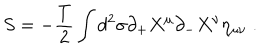
S = - \frac { T } { 2 } \int d ^ { 2 } \sigma \partial _ { + } X ^ { \mu } \partial _ { - } X ^ { \nu } \eta _ { \mu \nu } \; .